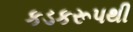
કડકરૂપથી